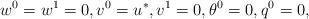
\begin{align*}w^{0} = w^{1} = 0, v^{0} = u^{\ast}, v^{1} = 0, \theta^{0} = 0, q^{0} = 0, \end{align*}